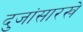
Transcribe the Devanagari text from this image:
दुजांसारखे